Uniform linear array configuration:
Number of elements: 12
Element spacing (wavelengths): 0.5
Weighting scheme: kaiser
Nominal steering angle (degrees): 60
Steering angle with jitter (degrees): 59.29
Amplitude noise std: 0.05
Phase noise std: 0.05

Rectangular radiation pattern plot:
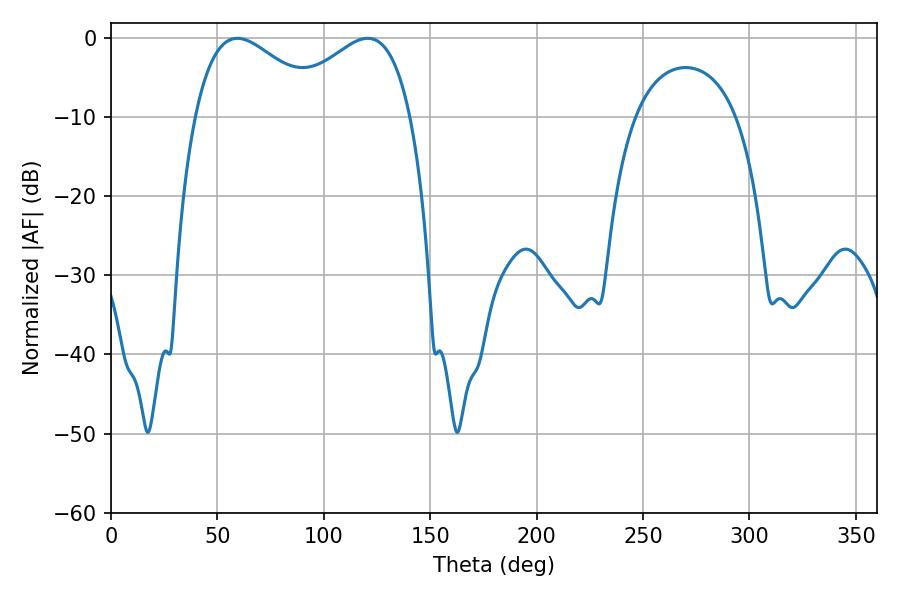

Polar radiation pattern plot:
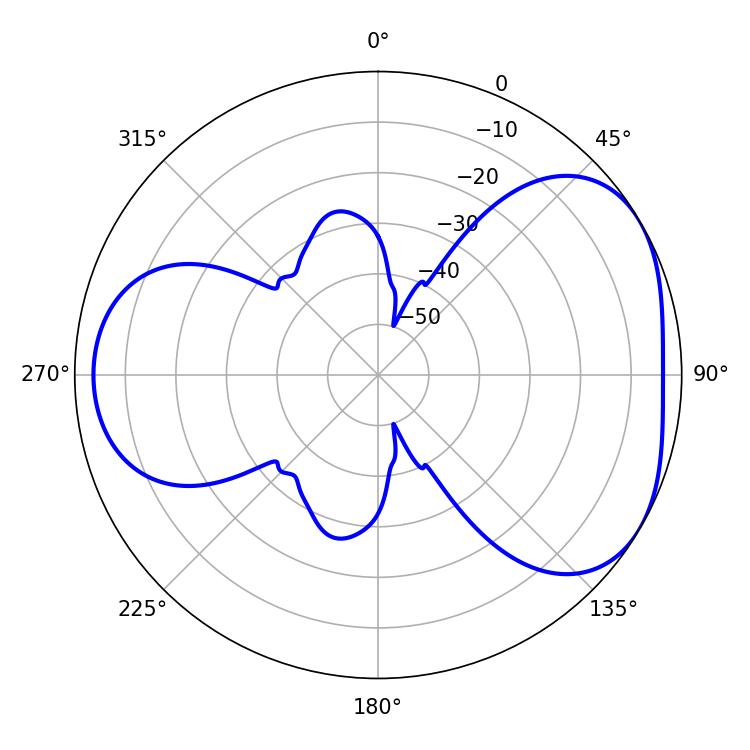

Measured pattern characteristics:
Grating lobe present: FALSE
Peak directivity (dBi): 4.228
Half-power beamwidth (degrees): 33.3
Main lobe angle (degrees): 59.4